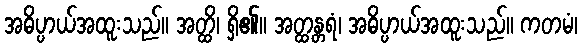
အဓိပ္ပာယ်အထူးသည်။ အတ္ထိ၊ ရှိ၏။ အတ္ထန္တရံ၊ အဓိပ္ပာယ်အထူးသည်။ ကတမံ၊